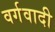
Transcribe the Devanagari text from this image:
वर्गवादी